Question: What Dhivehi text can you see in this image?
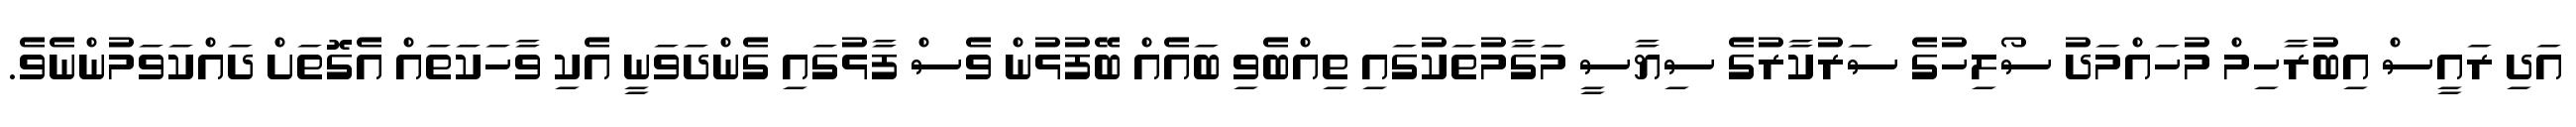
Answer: އަދި ރައީސް އިބުރާހިމް މުހައްމަދު ސޯލިހުގެ ސަރުކާރުގެ ސިޔާސީ މަގާމުތަކުގައި ތިއްބެވި ބައެއް ބޭފުޅުން ވެސް ފާޅުގައި ގެންދަވަނީ އެކި ވާހަކަތައް އެގޮތަށް ދައްކަވަމުންނެވެ.